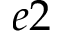
e 2